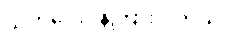
သတိပေးပန်ကြားပါတယ်။